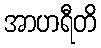
အာဟရီတိ